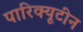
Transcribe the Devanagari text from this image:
पारिक्यूटीन